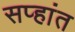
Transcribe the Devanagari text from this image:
सप्हांत